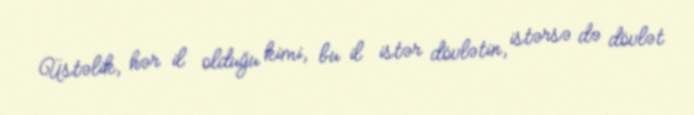
Üstəlik, hər il olduğu kimi, bu il istər dövlətin, istərsə də dövlət